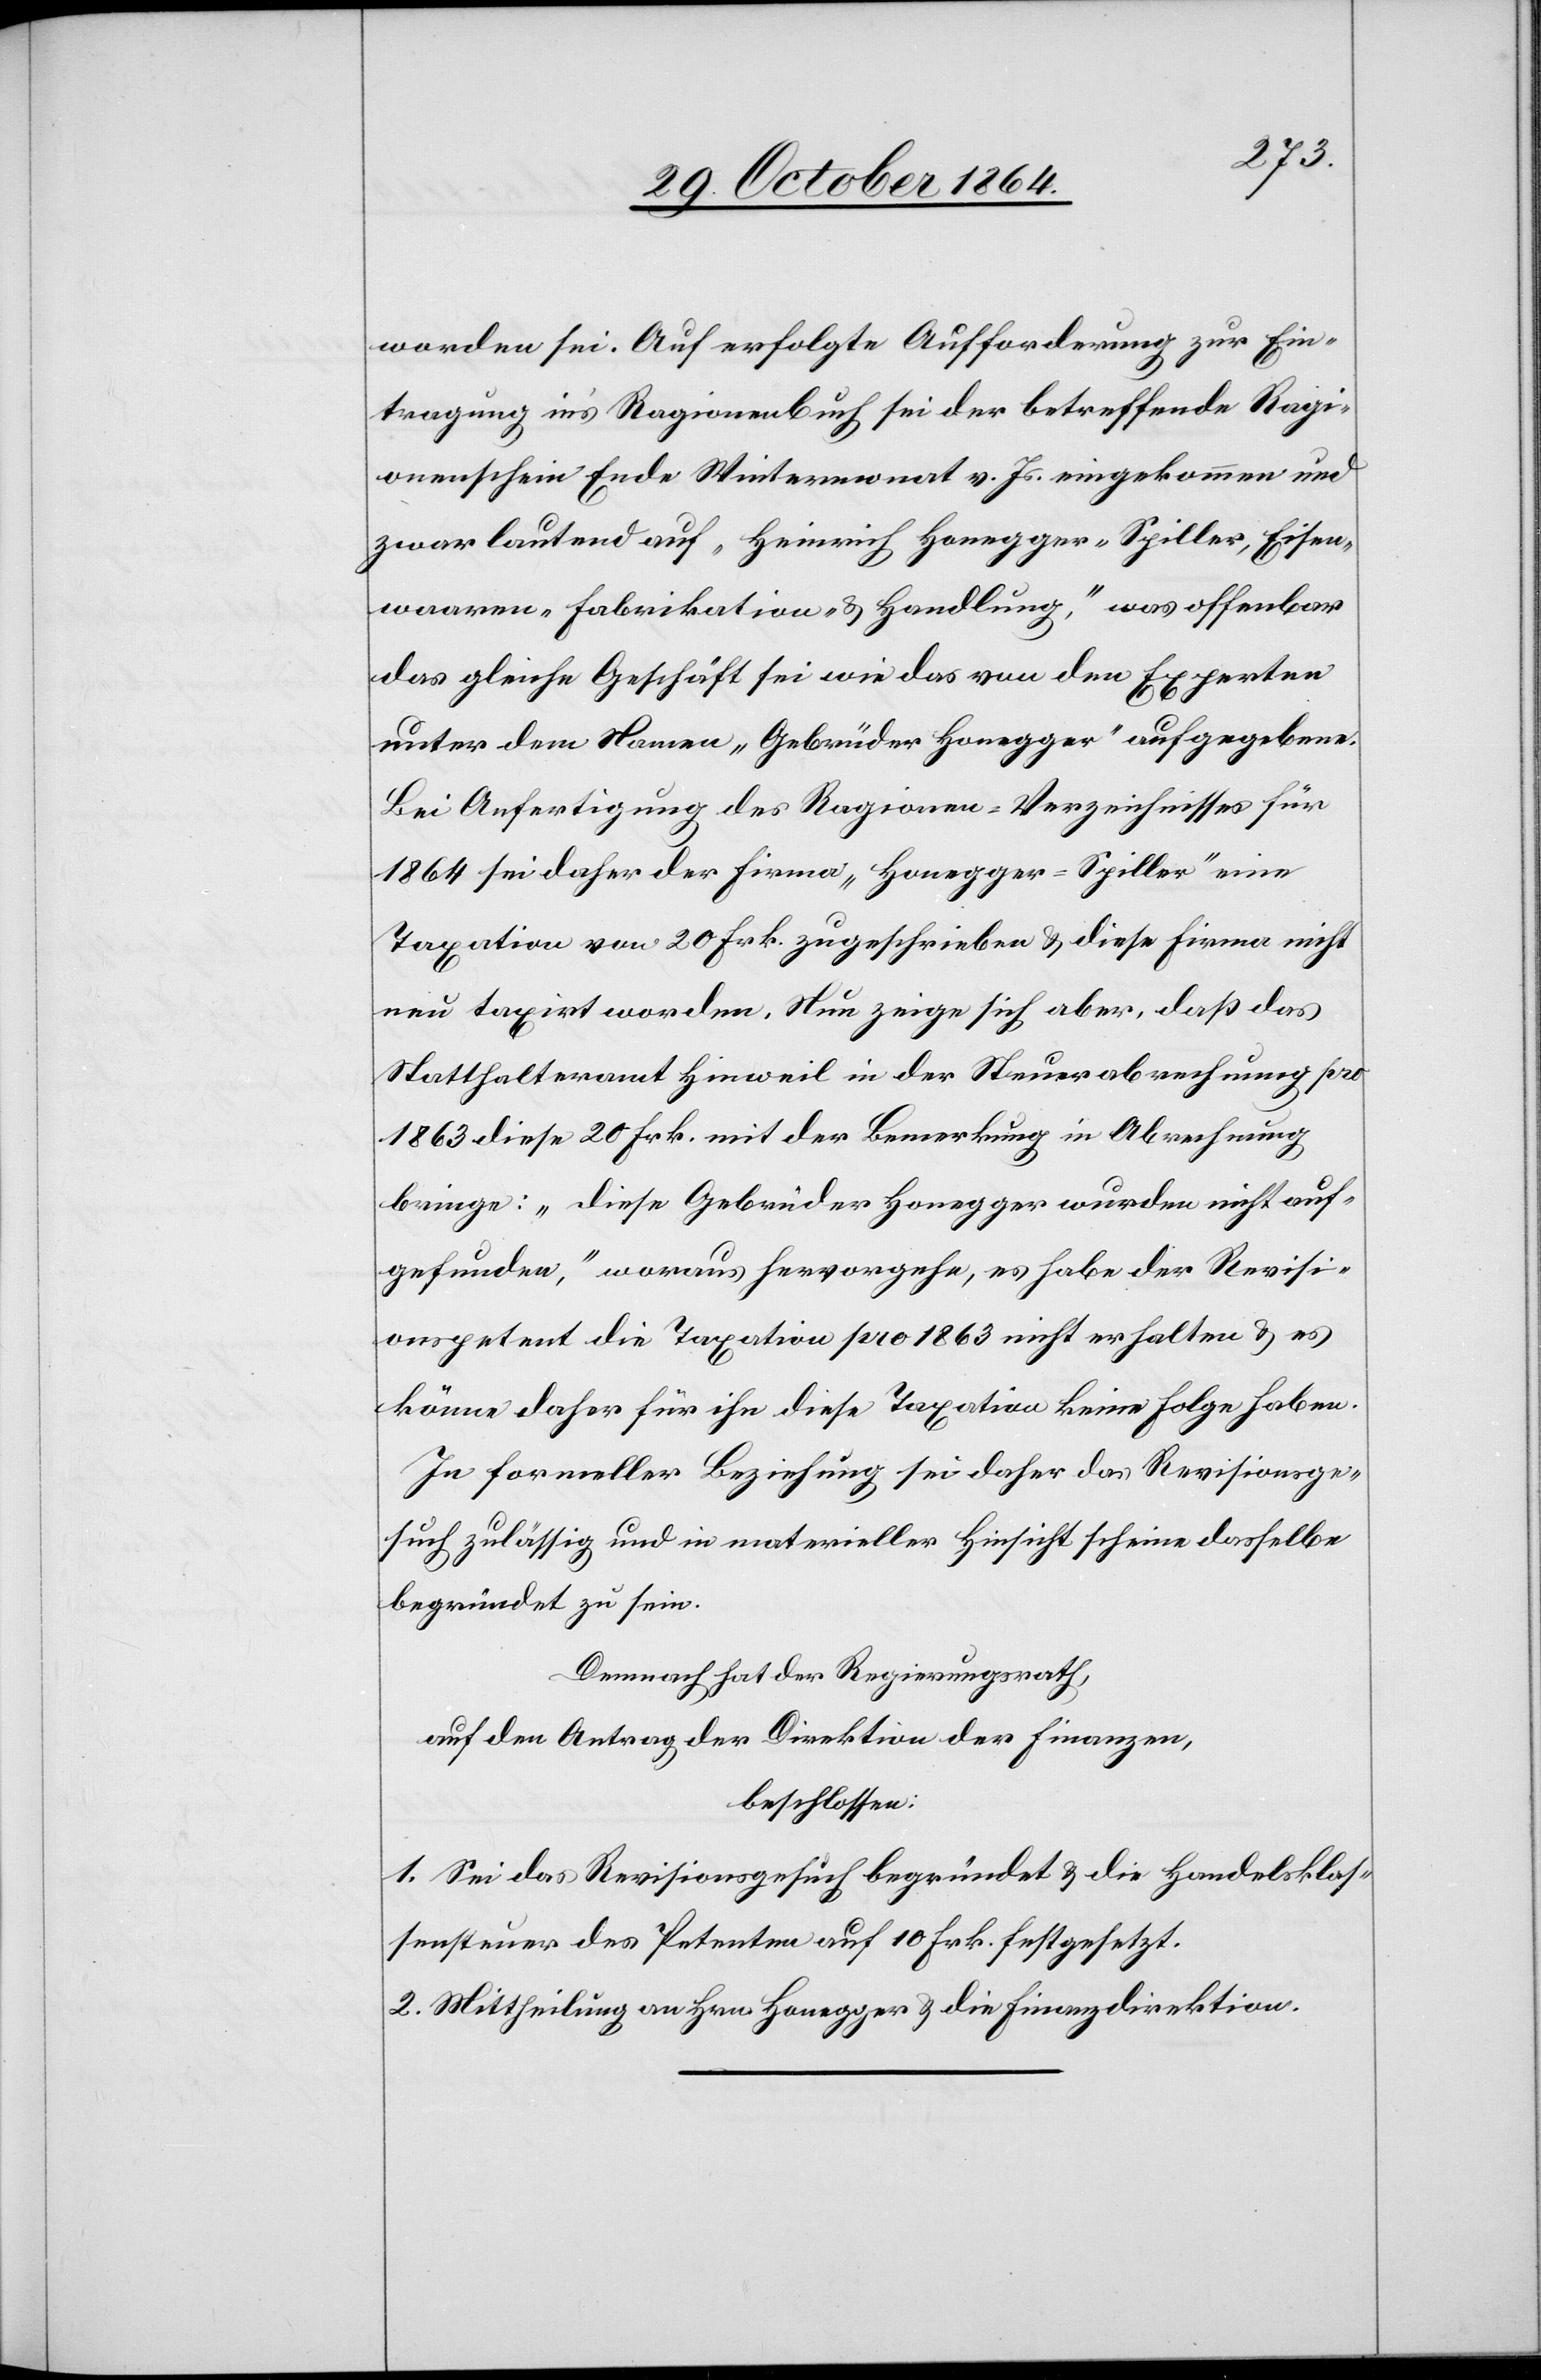
worden sei. Auf erfolgte Aufforderung zur Ein¬
tragung in’s Ragionenbuch sei der betreffende Ragi¬
onenschein Ende Wintermonat v. Js. eingekommen und
zwar lautend auf „Heinrich Honegger-Spiller, Eisen¬
waaren-Fabrikation- & Handlung,“ was offenbar
das gleiche Geschäft sei wie das von den Experten
unter dem Namen „Gebrüder Honegger“ aufgegebene.
Bei Ausfertigung des Ragionen-Verzeichnisses für
1964 sei daher der Firma „Honegger-Spiller“ eine
Taxation von 20 Frk. zugeschrieben & diese Firma nicht
neu taxirt worden. Nun zeige sich aber, daß das
Statthalteramt Hinweil in der Steuerabrechnung pro
1863 diese 20 Frk. mit der Bemerkung in Abrechnung
bringe: „diese Gebrüder Honegger wurden nicht auf¬
gefunden,“ woraus hervorgehe, es habe der Revisi¬
onspetent die Taxation pro 1863 nicht erhalten & es
könne daher für ihn diese Taxation keine Folge haben.
In formeller Beziehung sei daher das Revisionsge¬
such zulässig und in materieller Hinsicht scheine dasselbe
begründet zu sein.
Demnach hat der Regierungsrath,
auf den Antrag der Direktion der Finanzen,
beschlossen:
1. Sei das Revisionsgesuch begründet & die Handelsklas¬
sensteuer des Petenten auf 10 Frk. festgesetzt.
2. Mittheilung an Hrn. Honegger & die Finanzdirektion.